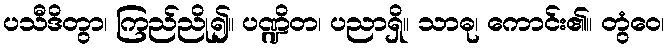
ပသီဒိတွာ၊ ကြည်ညို၍။ ပဏ္ဍိတ၊ ပညာရှိ။ သာဓု၊ ကောင်း၏။ တွံဝေ၊